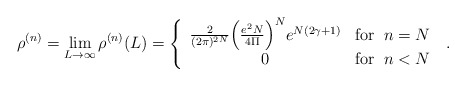
\begin{align*}\rho^{(n)} = \lim_{L \rightarrow \infty} \rho^{(n)}(L) =\left\{ \begin{array}{cr}\frac{2}{(2\pi)^{2N}} \Big(\frac{e^2 N}{4 \Pi}\Big)^{N}e^{N(2\gamma +1)} & \mbox{for}\;\; n = N \\0 & \mbox{for}\;\; n < N\end{array} \right. \; .\end{align*}